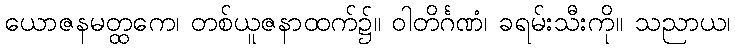
ယောဇနမတ္ထကေ၊ တစ်ယူဇနာထက်၌။ ဝါတိင်္ဂဏံ၊ ခရမ်းသီးကို။ သညာယ၊